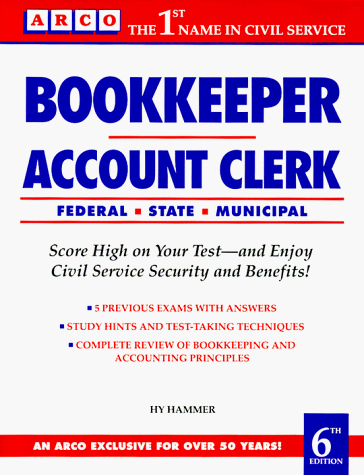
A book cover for Bookkeeper-Account 6th ed (Arco Civil Service Test Tutor); Arco; Business & Money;